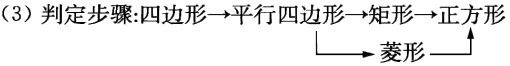
（3）判定步骤:四边形$\to$平行四边形$\to$矩形$\to$正方形

$\searrow$ $\swarrow$

$\ \ \ \ \ \ \ \ \ \ \ \ \ \ \ \ \ \ \ \ \ \ \ \ \ \ \ \ \ \ \ \ \ \ \ \ \ \ \ \ \ \ \ \ \ \ \ \ \ \ \ \ \ \ \ \ \ \ \ \ \ \ \ \ \ \ \ \ \ \ \ \ \ \ \ \ \ \ \ \ \ \ \ \ \ \ \ \ \ \ \ \ \ \ \ \ \ \ \ \ \ \ \ \ \ \ \ \ \ \ \ \ \ \ \ \ \ \ \ \ \ \ \ \ \ \ \ \ \ \ \ \ \ \ \ \ \ \ \ \ \ \ \ \ \ \ \ \ \ \ \ \ \ \ \ \ \ \ \ \ \ \ \ \ \ \ \ \ \ \ \ \ \ \ \ \ \ \ \ \ \ \ \ \ \ \ \ \ \ \ \ \ \ \ \ \ \ \ \ \ \ \ \ \ \ \ \ \ \ \ \ \ \ \ \ \ \ \ \ \ \ \ \ \ \ \ \ \ \ \ \ \ \ \ \ \ \ \ \ \ \ \ \ \ \ \ \ \ \ \ \ \ \ \ \ \ \ \ \ \ \ \ \ \ \ \ \ \ \ \ \ \ \ \ \ \ \ \ \ \ \ \ \ \ \ \ \ \ \ \ \ \ \ \ \ \ \ \ \ \ \ \ \ \ \ \ \ \ \ \ \ \ \ \ \ \ \ \ \ \ \ \ \ \ \ \ \ \ \ \ \ \ \ \ \ \ \ \ \ \ \ \ \ \ \ \ \ \ \ \ \ \ \ \ \ \ \ \ \ \ \ \ \ \ \ \ \ \ \ \ \ \ \ \ \ \ \ \ \ \ \ \ \ \ \ \ \ \ \ \ \ \ \ \ \ \ \ \ \ \ \ \ \ \ \ \ \ \ \ \ \ \ \ \ \ \ \ \ \ \ \ \ \ \ \ \ \ \ \ \ \ \ \ \ \ \ \ \ \ \ \ \ \ \ \ \ \ \ \ \ \ \ \ \ \ \ \ \ \ \ \ \ \ \ \ \ \ \ \ \ \ \ \ \ \ \ \ \ \ \ \ \ \ \ \ \ \ \ \ \ \ \ \ \ \ \ \ \ \ \ \ \ \ \ \ \ \ \ \ \ \ \ \ \ \ \ \ \ \ \ \ \ \ \ \ \ \ \ \ \ \ \ \ \ \ \ \ \ \ \ \ \ \ \ \ \ \ \ \ \ \ \ \ \ \ \ \ \ \ \ \ \ \ \ \ \ \ \ \ \ \ \ \ \ \ \ \ \ \ \ \ \ \ \ \ \ \ \ \ \ \ \ \ \ \ \ \ \ \ \ \ \ \ \ \ \ \ \ \ \ \ \ \ \ \ \ \ \ \ \ \ \ \ \ \ \ \ \ \ \ \ \ \ \ \ \ \ \ \ \ \ \ \ \ \ \ \ \ \ \ \ \ \ \ \ \ \ \ \ \ \ \ \ \ \ \ \ \ \ \ \ \ \ \ \ \ \ \ \ \ \ \ \ \ \ \ \ \ \ \ \ \ \ \ \ \ \ \ \ \ \ \ \ \ \ \ \ \ \ \ \ \ \ \ \ \ \ \ \ \ \ \ \ \ \ \ \ \ \ \ \ \ \ \ \ \ \ \ \ \ \ \ \ \ \ \ \ \ \ \ \ \ \ \ \ \ \ \ \ \ \ \ \ \ \ \ \ \ \ \ \ \ \ \ \ \ \ \ \ \ \ \ \ \ \ \ \ \ \ \ \ \ \ \ \ \ \ \ \ \ \ \ \ \ \ \ \ \ \ \ \ \ \ \ \ \ \ \ \ \ \ \ \ \ \ \ \ \ \ \ \ \ \ \ \ \ \ \ \ \ \ \ \ \ \ \ \ \ \ \ \ \ \ \ \ \ \ \ \ \ \ \ \ \ \ \ \ \ \ \ \ \ \ \ \ \ \ \ \ \ \ \ \ \ \ \ \ \ \ \ \ \ \ \ \ \ \ \ \ \ \ \ \ \ \ \ \ \ \ \ \ \ \ \ \ \ \ \ \ \ \ \ \ \ \ \ \ \ \ \ \ \ \ \ \ \ \ \ \ \ \ \ \ \ \ \ \ \ \ \ \ \ \ \ \ \ \ \ \ \ \ \ \ \ \ \ \ \ \ \ \ \ \ \ \ \ \ \ \ \ \ \ \ \ \ \ \ \ \ \ \ \ \ \ \ \ \ \ \ \ \ \ \ \ \ \ \ \ \ \ \ \ \ \ \ \ \ \ \ \ \ \ \ \ \ \ \ \ \ \ \ \ \ \ \ \ \ \ \ \ \ \ \ \ \ \ \ \ \ \ \ \ \ \ \ \ \ \ \ \ \ \ \ \ \ \ \ \ \ \ \ \ \ \ \ \ \ \ \ \ \ \ \ \ \ \ \ \ \ \ \ \ \ \ \ \ \ \ \ \ \ \ \ \ \ \ \ \ \ \ \ \ \ \ \ \ \ \ \ \ \ \ \ \ \ \ \ \ \ \ \ \ \ \ \ \ \ \ \ \ \ \ \ \ \ \ \ \ \ \ \ \ \ \ \ \ \ \ \ \ \ \ \ \ \ \ \ \ \ \ \ \ \ \ \ \ \ \ \ \ \ \ \ \ \ \ \ \ \ \ \ \ \ \ \ \ \ \ \ \ \ \ \ \ \ \ \ \ \ \ \ \ \ \ \ \ \ \ \ \ \ \ \ \ \ \ \ \ \ \ \ \ \ \ \ \ \ \ \ \ \ \ \ \ \ \ \ \ \ \ \ \ \ \ \ \ \ \ \ \ \ \ \ \ \ \ \ \ \ \ \ \ \ \ \ \ \ \ \ \ \ \ \ \ \ \ \ \ \ \ \ \ \ \ \ \ \ \ \ \ \ \ \ \ \ \ \ \ \ \ \ \ \ \ \ \ \ \ \ \ \ \ \ \ \ \ \ \ \ \ \ \ \ \ \ \ \ \ \ \ \ \ \ \ \ \ \ \ \ \ \ \ \ \ \ \ \ \ \ \ \ \ \ \ \ \ \ \ \ \ \ \ \ \ \ \ \ \ \ \ \ \ \ \ \ \ \ \ \ \ \ \ \ \ \ \ \ \ \ \ \ \ \ \ \ \ \ \ \ \ \ \ \ \ \ \ \ \ \ \ \ \ \ \ \ \ \ \ \ \ \ \ \ \ \ \ \ \ \ \ \ \ \ \ \ \ \ \ \ \ \ \ \ \ \ \ \ \ \ \ \ \ \ \ \ \ \ \ \ \ \ \ \ \ \ \ \ \ \ \ \ \ \ \ \ \ \ \ \ \ \ \ \ \ \ \ \ \ \ \ \ \ \ \ \ \ \ \ \ \ \ \ \ \ \ \ \ \ \ \ \ \ \ \ \ \ \ \ \ \ \ \ \ \ \ \ \ \ \ \ \ \ \ \ \ \ \ \ \ \ \ \ \ \ \ \ \ \ \ \ \ \ \ \ \ \ \ \ \ \ \ \ \ \ \ \ \ \ \ \ \ \ \ \ \ \ \ \ \ \ \ \ \ \ \ \ \ \ \ \ \ \ \ \ \ \ \ \ \ \ \ \ \ \ \ \ \ \ \ \ \ \ \ \ \ \ \ \ \ \ \ \ \ \ \ \ \ \ \ \ \ \ \ \ \ \ \ \ \ \ \ \ \ \ \ \ \ \ \ \ \ \ \ \ \ \ \ \ \ \ \ \ \ \ \ \ \ \ \ \ \ \ \ \ \ \ \ \ \ \ \ \ \ \ \ \ \ \ \ \ \ \ \ \ \ \ \ \ \ \ \ \ \ \ \ \ \ \ \ \ \ \ \ \ \ \ \ \ \ \ \ \ \ \ \ \ \ \ \ \ \ \ \ \ \ \ \ \ \ \ \ \ \ \ \ \ \ \ \ \ \ \ \ \ \ \ \ \ \ \ \ \ \ \ \ \ \ \ \ \ \ \ \ \ \ \ \ \ \ \ \ \ \ \ \ \ \ \ \ \ \ \ \ \ \ \ \ \ \ \ \ \ \ \ \ \ \ \ \ \ \ \ \ \ \ \ \ \ \ \ \ \ \ \ \ \ \ \ \ \ \ \ \ \ \ \ \ \ \ \ \ \ \ \ \ \ \ \ \ \ \ \ \ \ \ \ \ \ \ \ \ \ \ \ \ \ \ \ \ \ \ \ \ \ \ \ \ \ \ \ \ \ \ \ \ \ \ \ \ \ \ \ \ \ \ \ \ \ \ \ \ \ \ \ \ \ \ \ \ \ \ \ \ \ \ \ \ \ \ \ \ \ \ \ \ \ \ \ \ \ \ \ \ \ \ \ \ \ \ \ \ \ \ \ \ \ \ \ \ \ \ \ \ \ \ \ \ \ \ \ \ \ \ \ \ \ \ \ \ \ \ \ \ \ \ \ \ \ \ \ \ \ \ \ \ \ \ \ \ \ \ \ \ \ \ \ \ \ \ \ \ \ \ \ \ \ \ \ \ \ \ \ \ \ \ \ \ \ \ \ \ \ \ \ \ \ \ \ \ \ \ \ \ \ \ \ \ \ \ \ \ \ \ \ \ \ \ \ \ \ \ \ \ \ \ \ \ \ \ \ \ \ \ \ \ \ \ \ \ \ \ \ \ \ \ \ \ \ \ \ \ \ \ \ \ \ \ \ \ \ \ \ \ \ \ \ \ \ \ \ \ \ \ \ \ \ \ \ \ \ \ \ \ \ \ \ \ \ \ \ \ \ \ \ \ \ \ \ \ \ \ \ \ \ \ \ \ \ \ \ \ \ \ \ \ \ \ \ \ \ \ \ \ \ \ \ \ \ \ \ \ \ \ \ \ \ \ \ \ \ \ \ \ \ \ \ \ \ \ \ \ \ \ \ \ \ \ \ \ \ \ \ \ \ \ \ \ \ \ \ \ \ \ \ \ \ \ \ \ \ \ \ \ \ \ \ \ \ \ \ \ \ \ \ \ \ \ \ \ \ \ \ \ \ \ \ \ \ \ \ \ \ \ \ \ \ \ \ \ \ \ \ \ \ \ \ \ \ \ \ \ \ \ \ \ \ \ \ \ \ \ \ \ \ \ \ \ \ \ \ \ \ \ \ \ \ \ \ \ \ \ \ \ \ \ \ \ \ \ \ \ \ \ \ \ \ \ \ \ \ \ \ \ \ \ \ \ \ \ \ \ \ \ \ \ \ \ \ \ \ \ \ \ \ \ \ \ \ \ \ \ \ \ \ \ \ \ \ \ \ \ \ \ \ \ \ \ \ \ \ \ \ \ \ \ \ \ \ \ \ \ \ \ \ \ \ \ \ \ \ \ \ \ \ \ \ \ \ \ \ \ \ \ \ \ \ \ \ \ \ \ \ \ \ \ \ \ \ \ \ \ \ \ \ \ \ \ \ \ \ \ \ \ \ \ \ \ \ \ \ \ \ \ \ \ \ \ \ \ \ \ \ \ \ \ \ \ \ \ \ \ \ \ \ \ \ \ \ \ \ \ \ \ \ \ \ \ \ \ \ \ \ \ \ \ \ \ \ \ \ \ \ \ \ \ \ \ \ \ \ \ \ \ \ \ \ \ \ \ \ \ \ \ \ \ \ \ \ \ \ \ \ \ \ \ \ \ \ \ \ \ \ \ \ \ \ \ \ \ \ \ \ \ \ \ \ \ \ \ \ \ \ \ \ \ \ \ \ \ \ \ \ \ \ \ \ \ \ \ \ \ \ \ \ \ \ \ \ \ \ \ \ \ \ \ \ \ \ \ \ \ \ \ \ \ \ \ \ \ \ \ \ \ \ \ \ \ \ \ \ \ \ \ \ \ \ \ \ \ \ \ \ \ \ \ \ \ \ \ \ \ \ \ \ \ \ \ \ \ \ \ \ \ \ \ \ \ \ \ \ \ \ \ \ \ \ \ \ \ \ \ \ \ \ \ \ \ \ \ \ \ \ \ \ \ \ \ \ \ \ \ \ \ \ \ \ \ \ \ \ \ \ \ \ \ \ \ \ \ \ \ \ \ \ \ \ \ \ \ \ \ \ \ \ \ \ \ \ \ \ \ \ \ \ \ \ \ \ \ \ \ \ \ \ \ \ \ \ \ \ \ \ \ \ \ \ \ \ \ \ \ \ \ \ \ \ \ \ \ \ \ \ \ \ \ \ \ \ \ \ \ \ \ \ \ \ \ \ \ \ \ \ \ \ \ \ \ \ \ \ \ \ \ \ \ \ \ \ \ \ \ \ \ \ \ \ \ \ \ \ \ \ \ \ \ \ \ \ \ \ \ \ \ \ \ \ \ \ \ \ \ \ \ \ \ \ \ \ \ \ \ \ \ \ \ \ \ \ \ \ \ \ \ \ \ \ \ \ \ \ \ \ \ \ \ \ \ \ \ \ \ \ \ \ \ \ \ \ \ \ \ \ \ \ \ \ \ \ \ \ \ \ \ \ \ \ \ \ \ \ \ \ \ \ \ \ \ \ \ \ \ \ \ \ \ \ \ \ \ \ \ \ \ \ \ \ \ \ \ \ \ \ \ \ \ \ \ \ \ \ \ \ \ \ \ \ \ \ \ \ \ \ \ \ \ \ \ \ \ \ \ \ \ \ \ \ \ \ \ \ \ \ \ \ \ \ \ \ \ \ \ \ \ \ \ \ \ \ \ \ \ \ \ \ \ \ \ \ \ \ \ \ \ \ \ \ \ \ \ \ \ \ \ \ \ \ \ \ \ \ \ \ \ \ \ \ \ \ \ \ \ \ \ \ \ \ \ \ \ \ \ \ \ \ \ \ \ \ \ \ \ \ \ \ \ \ \ \ \ \ \ \ \ \ \ \ \ \ \ \ \ \ \ \ \ \ \ \ \ \ \ \ \ \ \ \ \ \ \ \ \ \ \ \ \ \ \ \ \ \ \ \ \ \ \ \ \ \ \ \ \ \ \ \ \ \ \ \ \ \ \ \ \ \ \ \ \ \ \ \ \ \ \ \ \ \ \ \ \ \ \ \ \ \ \ \ \ \ \ \ \ \ \ \ \ \ \ \ \ \ \ \ \ \ \ \ \ \ \ \ \ \ \ \ \ \ \ \ \ \ \ \ \ \ \ \ \ \ \ \ \ \ \ \ \ \ \ \ \ \ \ \ \ \ \ \ \ \ \ \ \ \ \ \ \ \ \ \ \ \ \ \ \ \ \ \ \ \ \ \ \ \ \ \ \ \ \ \ \ \ \ \ \ \ \ \ \ \ \ \ \ \ \ \ \ \ \ \ \ \ \ \ \ \ \ \ \ \ \ \ \ \ \ \ \ \ \ \ \ \ \ \ \ \ \ \ \ \ \ \ \ \ \ \ \ \ \ \ \ \ \ \ \ \ \ \ \ \ \ \ \ \ \ \ \ \ \ \ \ \ \ \ \ \ \ \ \ \ \ \ \ \ \ \ \ \ \ \ \ \ \ \ \ \ \ \ \ \ \ \ \ \ \ \ \ \ \ \ \ \ \ \ \ \ \ \ \ \ \ \ \ \ \ \ \ \ \ \ \ \ \ \ \ \ \ \ \ \ \ \ \ \ \ \ \ \ \ \ \ \ \ \ \ \ \ \ \ \ \ \ \ \ \ \ \ \ \ \ \ \ \ \ \ \ \ \ \ \ \ \ \ \ \ \ \ \ \ \ \ \ \ \ \ \ \ \ \ \ \ \ \ \ \ \ \ \ \ \ \ \ \ \ \ \ \ \ \ \ \ \ \ \ \ \ \ \ \ \ \ \ \ \ \ \ \ \ \ \ \ \ \ \ \ \ \ \ \ \ \ \ \ \ \ \ \ \ \ \ \ \ \ \ \ \ \ \ \ \ \ \ \ \ \ \ \ \ \ \ \ \ \ \ \ \ \ \ \ \ \ \ \ \ \ \ \ \ \ \ \ \ \ \ \ \ \ \ \ \ \ \ \ \ \ \ \ \ \ \ \ \ \ \ \ \ \ \ \ \ \ \ \ \ \ \ \ \ \ \ \ \ \ \ \ \ \ \ \ \ \ \ \ \ \ \ \ \ \ \ \ \ \ \ \ \ \ \ \ \ \ \ \ \ \ \ \ \ \ \ \ \ \ \ \ \ \ \ \ \ \ \ \ \ \ \ \ \ \ \ \ \ \ \ \ \ \ \ \ \ \ \ \ \ \ \ \ \ \ \ \ \ \ \ \ \ \ \ \ \ \ \ \ \ \ \ \ \ \ \ \ \ \ \ \ \ \ \ \ \ \ \ \ \ \ \ \ \ \ \ \ \ \ \ \ \ \ \ \ \ \ \ \ \ \ \ \ \ \ \ \ \ \ \ \ \ \ \ \ \ \ \ \ \ \ \ \ \ \ \ \ \ \ \ \ \ \ \ \ \ \ \ \ \ \ \ \ \ \ \ \ \ \ \ \ \ \ \ \ \ \ \ \ \ \ \ \ \ \ \ \ \ \ \ \ \ \ \ \ \ \ \ \ \ \ \ \ \ \ \ \ \ \ \ \ \ \ \ \ \ \ \ \ \ \ \ \ \ \ \ \ \ \ \ \ \ \ \ \ \ \ \ \ \ \ \ \ \ \ \ \ \ \ \ \ \ \ \ \ \ \ \ \ \ \ \ \ \ \ \ \ \ \ \ \ \ \ \ \ \ \ \ \ \ \ \ \ \ \ \ \ \ \ \ \ \ \ \ \ \ \ \ \ \ \ \ \ \ \ \ \ \ \ \ \ \ \ \ \ \ \ \ \ \ \ \ \ \ \ \ \ \ \ \ \ \ \ \ \ \ \ \ \ \ \ \ \ \ \ \ \ \ \ \ \ \ \ \ \ \ \ \ \ \ \ \ \ \ \ \ \ \ \ \ \ \ \ \ \ \ \ \ \ \ \ \ \ \ \ \ \ \ \ \ \ \ \ \ \ \ \ \ \ \ \ \ \ \ \ \ \ \ \ \ \ \ \ \ \ \ \ \ \ \ \ \ \ \ \ \ \ \ \ \ \ \ \ \ \ \ \ \ \ \ \ \ \ \ \ \ \ \ \ \ \ \ \ \ \ \ \ \ \ \ \ \ \ \